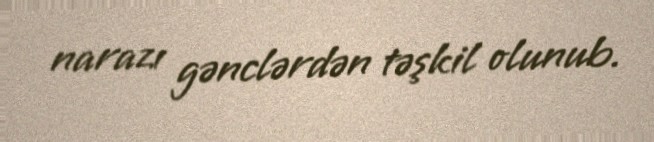
narazı gənclərdən təşkil olunub.